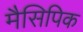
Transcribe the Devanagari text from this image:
मैसिपिक